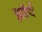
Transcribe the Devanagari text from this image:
झॉर्प